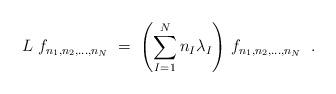
LaTeX: \begin{align*}L \; f_{n_1,n_2,\ldots,n_N} \;=\; \left(\sum_{I=1}^N n_I\lambda_I \right) \, f_{n_1,n_2,\ldots,n_N} \;\;.\end{align*}